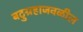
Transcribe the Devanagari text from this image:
बटुग्रहाजवळील